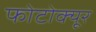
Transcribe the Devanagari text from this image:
फोटोक्यूर